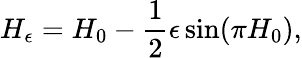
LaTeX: H_{\epsilon}=H_{0}-\frac{1}{2}\epsilon\sin(\pi H_{0}),